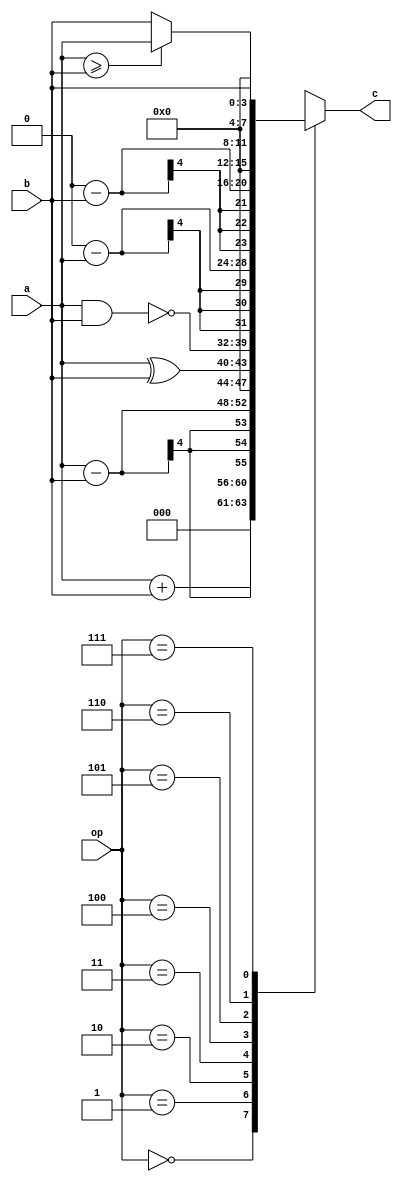
module alu (
    input [3:0] a,b,
    input [2:0]  op,
    output reg[7:0] c
);

//===================== Your Design Begin=====================

always @(*) 
begin
    
    case(op)
        3'b000:c <= a+b;            //
        3'b001:c <= a-b;            //
        3'b010:c <= a^b;            //XOR
        3'b011:c <= ~(a&b);         //NAND
        3'b100:c <=9'b100000000-a;  //a -> 2's
        3'b101:c <=9'b100000000-b;  //b -> 2's
        3'b110:c <= (( a >= b ) ? a : b );     //a>b -> a ; a<b -> b
        3'b111:c <= b;              // ->b
    endcase
end
//===================== Your Design End  =====================
    
endmodule